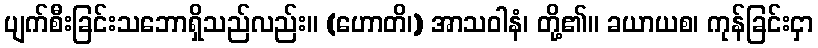
ပျက်စီးခြင်းသဘောရှိသည်လည်း။ (ဟောတိ၊) အာသဝါနံ၊ တို့၏။ ခယာယစ၊ ကုန်ခြင်းငှာ